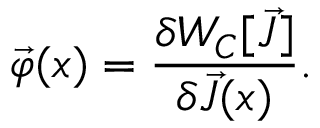
\vec { \varphi } ( x ) = \frac { \delta W _ { C } [ \vec { J } ] } { \delta \vec { J } ( x ) } .